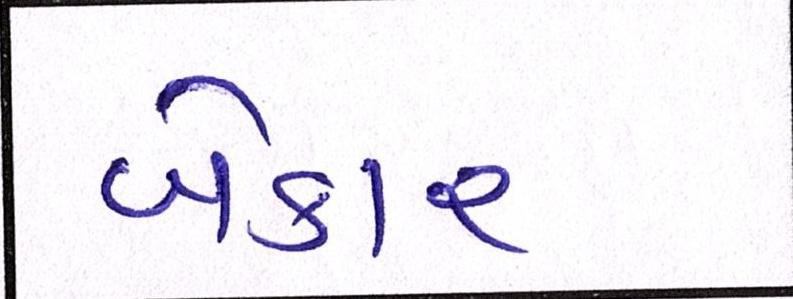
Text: બેકાર